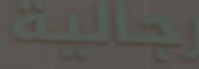
بجالية